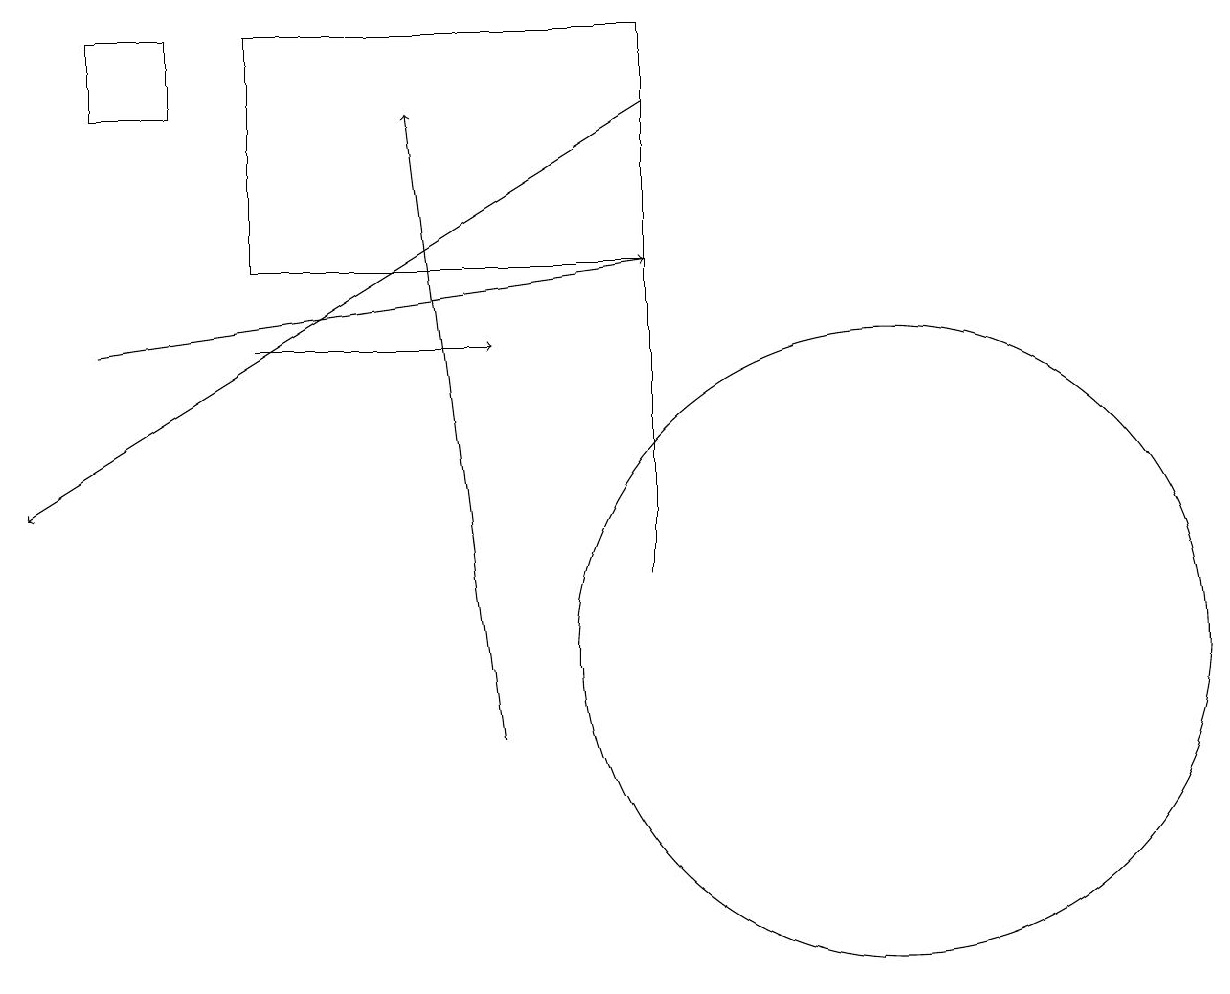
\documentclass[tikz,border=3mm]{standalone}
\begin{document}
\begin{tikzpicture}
\draw[->] (1,15) -- (8,16);
\draw (2,18) rectangle (1,19);
\draw[->] (8,18) -- (0,13);
\draw (11,11) circle (4);
\draw (8,12) rectangle (8,19);
\draw[->] (3,15) -- (6,15);
\draw (8,16) rectangle (3,19);
\draw[->] (6,10) -- (5,18);
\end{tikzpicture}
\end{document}